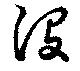
沒